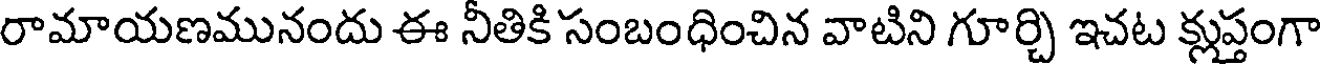
రామాయణమునందు ఈ నీతికి సంబంధించిన వాటిని గూర్చి ఇచట క్లుప్తంగా